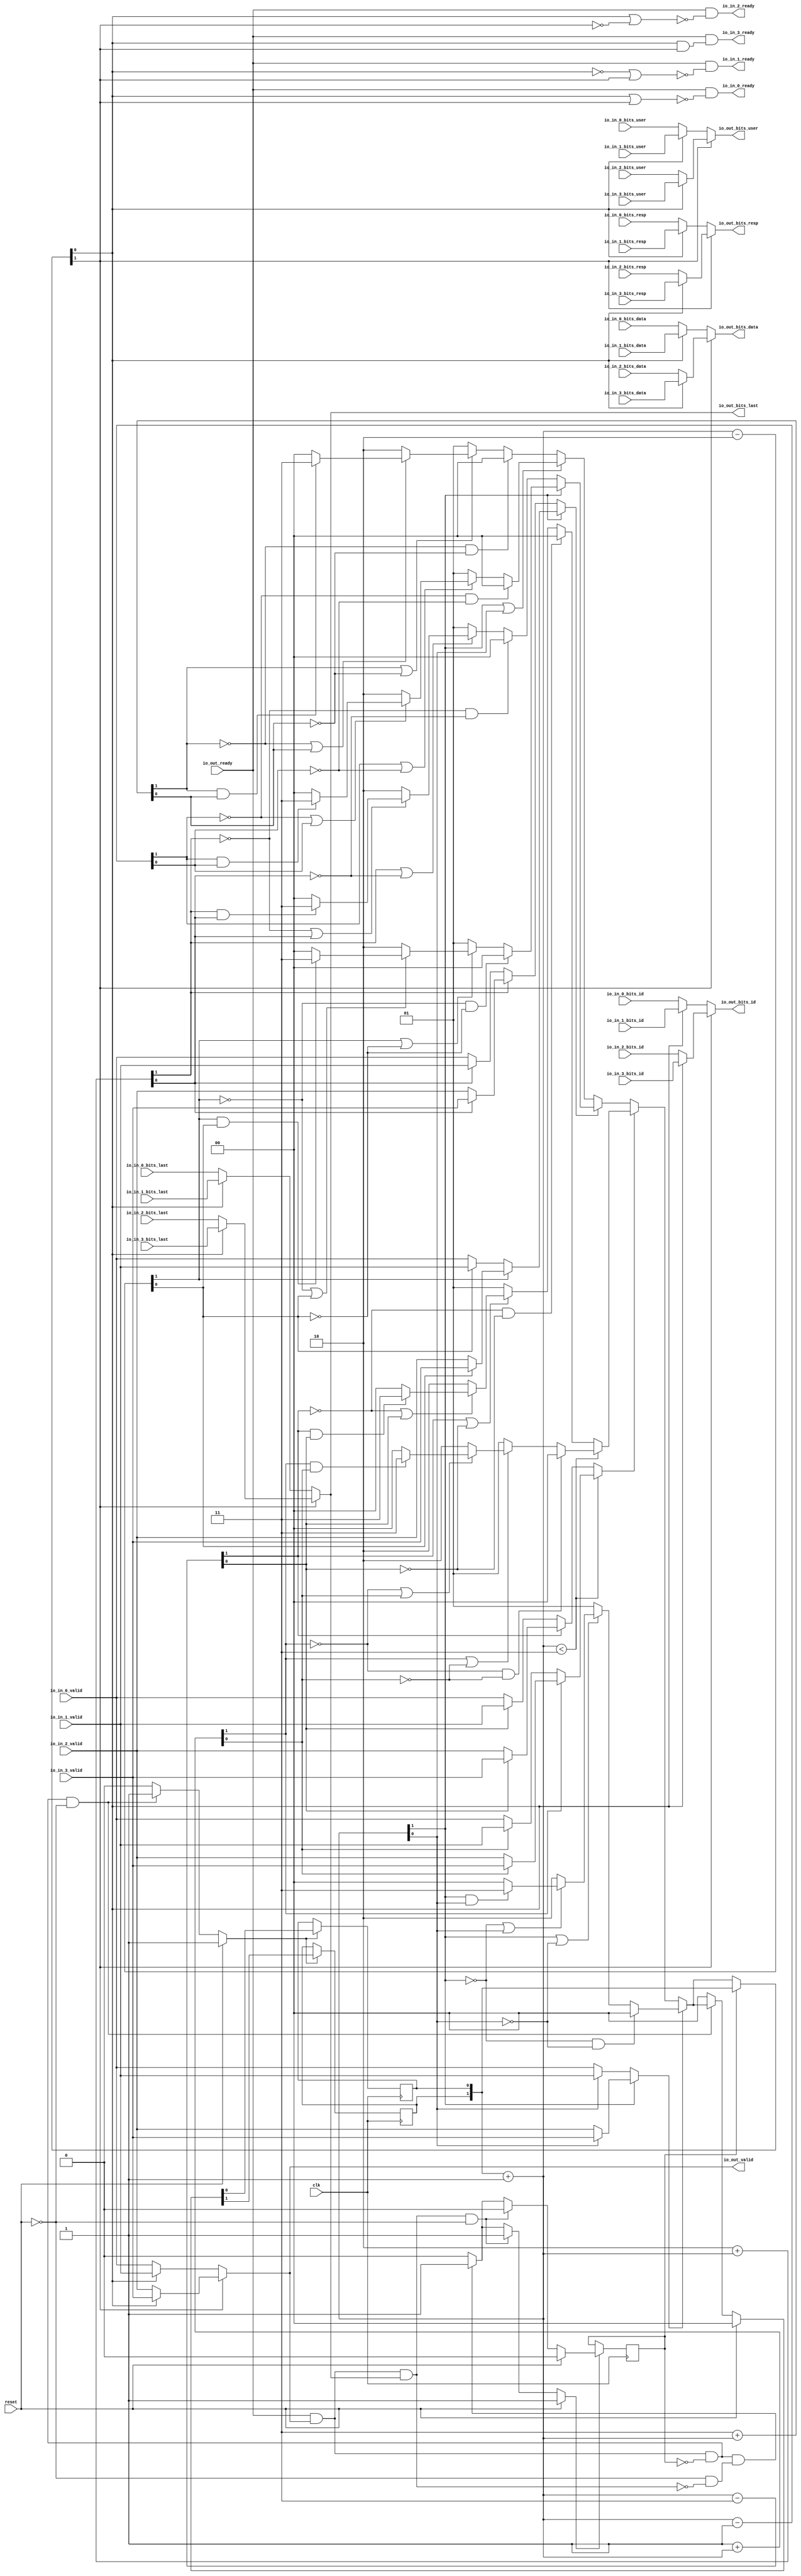
module JunctionsPeekingArbiter_1
(
  clk,
  reset,
  io_in_3_ready,
  io_in_3_valid,
  io_in_3_bits_resp,
  io_in_3_bits_data,
  io_in_3_bits_last,
  io_in_3_bits_id,
  io_in_3_bits_user,
  io_in_2_ready,
  io_in_2_valid,
  io_in_2_bits_resp,
  io_in_2_bits_data,
  io_in_2_bits_last,
  io_in_2_bits_id,
  io_in_2_bits_user,
  io_in_1_ready,
  io_in_1_valid,
  io_in_1_bits_resp,
  io_in_1_bits_data,
  io_in_1_bits_last,
  io_in_1_bits_id,
  io_in_1_bits_user,
  io_in_0_ready,
  io_in_0_valid,
  io_in_0_bits_resp,
  io_in_0_bits_data,
  io_in_0_bits_last,
  io_in_0_bits_id,
  io_in_0_bits_user,
  io_out_ready,
  io_out_valid,
  io_out_bits_resp,
  io_out_bits_data,
  io_out_bits_last,
  io_out_bits_id,
  io_out_bits_user
);

  input [1:0] io_in_3_bits_resp;
  input [63:0] io_in_3_bits_data;
  input [5:0] io_in_3_bits_id;
  input [1:0] io_in_2_bits_resp;
  input [63:0] io_in_2_bits_data;
  input [5:0] io_in_2_bits_id;
  input [1:0] io_in_1_bits_resp;
  input [63:0] io_in_1_bits_data;
  input [5:0] io_in_1_bits_id;
  input [1:0] io_in_0_bits_resp;
  input [63:0] io_in_0_bits_data;
  input [5:0] io_in_0_bits_id;
  output [1:0] io_out_bits_resp;
  output [63:0] io_out_bits_data;
  output [5:0] io_out_bits_id;
  input clk;
  input reset;
  input io_in_3_valid;
  input io_in_3_bits_last;
  input io_in_3_bits_user;
  input io_in_2_valid;
  input io_in_2_bits_last;
  input io_in_2_bits_user;
  input io_in_1_valid;
  input io_in_1_bits_last;
  input io_in_1_bits_user;
  input io_in_0_valid;
  input io_in_0_bits_last;
  input io_in_0_bits_user;
  input io_out_ready;
  output io_in_3_ready;
  output io_in_2_ready;
  output io_in_1_ready;
  output io_in_0_ready;
  output io_out_valid;
  output io_out_bits_last;
  output io_out_bits_user;
  wire [1:0] io_out_bits_resp,T3,choice,T63,T4,T39,T5,T14,T6,T11,T7,T9,T12,T17,T15,T16,T18,
  T24,T33,T42,T40,T41,T43,T49,T57,T66,T64,T135,T73,T118,T116;
  wire [63:0] io_out_bits_data,T112,T110;
  wire [5:0] io_out_bits_id,T100,T98;
  wire io_in_3_ready,io_in_2_ready,io_in_1_ready,io_in_0_ready,io_out_valid,
  io_out_bits_last,io_out_bits_user,N0,N1,N2,N3,N4,N5,N6,N7,N8,N9,N10,N11,N12,N13,N14,N15,
  N16,N17,N18,N19,N20,N21,N22,N23,N24,N25,N26,N27,N28,N29,N30,N31,N32,N33,N34,N35,
  N36,N37,N38,N39,N40,N41,N42,N43,N44,N45,N46,N47,N48,N49,N50,N51,N52,N53,N54,N55,
  N56,N57,N58,N59,N60,N61,N62,N63,N64,N65,N66,N67,N68,N69,N70,N71,N72,N73,N74,N75,
  N76,N77,N78,T94,T1,N79,T69,N80,T45,N81,T20,N82,T13,N83,N84,N85,N86,N87,N88,N89,N90,
  N91,N92,N93,N94,N95,N96,N97,N98,N99,T19,N100,N101,N102,N103,N104,N105,N106,N107,
  N108,N109,N110,N111,N112,N113,N114,N115,N116,T38,N117,T30,T21,N118,T27,T22,N119,
  N120,T35,T31,N121,T44,N122,N123,N124,N125,N126,N127,N128,N129,N130,N131,N132,
  N133,N134,N135,N136,N137,N138,T62,N139,T54,T46,N140,T51,T47,N141,N142,T59,T55,N143,
  T68,N144,N145,N146,N147,N148,N149,N150,N151,N152,N153,N154,N155,N156,N157,N158,
  T86,N159,T78,T70,N160,T75,T71,N161,T83,T79,T88,T90,T89,T93,T106,T104,T124,T122,
  N162,N163,N164,N165,N166,N167,N168,N169,N170,N171,N172,N173,N174,N175,N176,N177,
  N178,N179,N180,N181,N182,N183,N184,N185,N186,N187;
  reg [1:0] lockIdx;
  reg locked;
  assign N86 = N84 & N85;
  assign N87 = T9[1] | N85;
  assign N89 = N84 | T9[0];
  assign N91 = T9[1] & T9[0];
  assign N94 = N92 & N93;
  assign N95 = T12[1] | N93;
  assign N97 = N92 | T12[0];
  assign N99 = T12[1] & T12[0];
  assign N103 = N101 & N102;
  assign N104 = T16[1] | N102;
  assign N106 = N101 | T16[0];
  assign N108 = T16[1] & T16[0];
  assign N111 = N109 & N110;
  assign N112 = T18[1] | N110;
  assign N114 = N109 | T18[0];
  assign N116 = T18[1] & T18[0];
  assign N125 = N123 & N124;
  assign N126 = T41[1] | N124;
  assign N128 = N123 | T41[0];
  assign N130 = T41[1] & T41[0];
  assign N133 = N131 & N132;
  assign N134 = T43[1] | N132;
  assign N136 = N131 | T43[0];
  assign N138 = T43[1] & T43[0];
  assign T44 = T135 < { 1'b1, 1'b1 };
  assign T62 = T73 < { 1'b1, 1'b1 };
  assign N147 = N145 & N146;
  assign N148 = T135[1] | N146;
  assign N150 = N145 | T135[0];
  assign N152 = T135[1] & T135[0];
  assign N153 = N145 & N146;
  assign N154 = T135[1] | N146;
  assign N156 = N145 | T135[0];
  assign N158 = T135[1] & T135[0];

  always @(posedge clk) begin
    if(N164) begin
      lockIdx[1] <= N166;
    end 
  end


  always @(posedge clk) begin
    if(N164) begin
      lockIdx[0] <= N165;
    end 
  end


  always @(posedge clk) begin
    if(N170) begin
      locked <= N171;
    end 
  end

  assign N178 = T3[0] & T3[1];
  assign N179 = ~T3[1];
  assign N180 = T3[0] | N179;
  assign N181 = ~N180;
  assign N182 = ~T3[0];
  assign N183 = N182 | T3[1];
  assign N184 = ~N183;
  assign N185 = T3[0] | T3[1];
  assign N186 = ~N185;
  assign T135 = lockIdx + 1'b1;
  assign T73 = lockIdx + 1'b1;
  assign T9 = T135 - 1'b1;
  assign T12 = { 1'b1, 1'b1 } + T135;
  assign T16 = T135 - { 1'b1, 1'b0 };
  assign T18 = { 1'b1, 1'b0 } + T135;
  assign T41 = T135 - { 1'b1, 1'b1 };
  assign T43 = 1'b1 + T135;
  assign T24 = T73 - { 1'b1, 1'b0 };
  assign T33 = { 1'b1, 1'b0 } + T73;
  assign T49 = T73 - { 1'b1, 1'b1 };
  assign T57 = 1'b1 + T73;
  assign io_out_bits_user = (N0)? T94 : 
                            (N1)? T1 : 1'b0;
  assign N0 = T3[1];
  assign N1 = N179;
  assign T1 = (N2)? io_in_1_bits_user : 
              (N3)? io_in_0_bits_user : 1'b0;
  assign N2 = T3[0];
  assign N3 = N182;
  assign T3 = (N4)? lockIdx : 
              (N5)? choice : 1'b0;
  assign N4 = locked;
  assign N5 = N79;
  assign choice = (N6)? T63 : 
                  (N7)? T4 : 1'b0;
  assign N6 = T69;
  assign N7 = N80;
  assign T4 = (N8)? T39 : 
              (N9)? T5 : 1'b0;
  assign N8 = T45;
  assign N9 = N81;
  assign T5 = (N10)? T14 : 
              (N11)? T6 : 1'b0;
  assign N10 = T20;
  assign N11 = N82;
  assign T6 = (N12)? T11 : 
              (N13)? T7 : 1'b0;
  assign N12 = T13;
  assign N13 = N83;
  assign T7 = (N14)? { 1'b0, 1'b0 } : 
              (N15)? { 1'b0, 1'b1 } : 
              (N16)? { 1'b1, 1'b0 } : 
              (N17)? { 1'b1, 1'b1 } : 1'b0;
  assign N14 = N86;
  assign N15 = N88;
  assign N16 = N90;
  assign N17 = N91;
  assign T11 = (N18)? { 1'b0, 1'b0 } : 
               (N19)? { 1'b0, 1'b1 } : 
               (N20)? { 1'b1, 1'b0 } : 
               (N21)? { 1'b1, 1'b1 } : 1'b0;
  assign N18 = N94;
  assign N19 = N96;
  assign N20 = N98;
  assign N21 = N99;
  assign T14 = (N22)? T17 : 
               (N23)? T15 : 1'b0;
  assign N22 = T19;
  assign N23 = N100;
  assign T15 = (N24)? { 1'b0, 1'b0 } : 
               (N25)? { 1'b0, 1'b1 } : 
               (N26)? { 1'b1, 1'b0 } : 
               (N27)? { 1'b1, 1'b1 } : 1'b0;
  assign N24 = N103;
  assign N25 = N105;
  assign N26 = N107;
  assign N27 = N108;
  assign T17 = (N28)? { 1'b0, 1'b0 } : 
               (N29)? { 1'b0, 1'b1 } : 
               (N30)? { 1'b1, 1'b0 } : 
               (N31)? { 1'b1, 1'b1 } : 1'b0;
  assign N28 = N111;
  assign N29 = N113;
  assign N30 = N115;
  assign N31 = N116;
  assign T20 = (N32)? T30 : 
               (N33)? T21 : 1'b0;
  assign N32 = T38;
  assign N33 = N117;
  assign T21 = (N34)? T27 : 
               (N35)? T22 : 1'b0;
  assign N34 = T24[1];
  assign N35 = N118;
  assign T22 = (N36)? io_in_1_valid : 
               (N37)? io_in_0_valid : 1'b0;
  assign N36 = T24[0];
  assign N37 = N119;
  assign T27 = (N36)? io_in_3_valid : 
               (N37)? io_in_2_valid : 1'b0;
  assign T30 = (N38)? T35 : 
               (N39)? T31 : 1'b0;
  assign N38 = T33[1];
  assign N39 = N120;
  assign T31 = (N40)? io_in_1_valid : 
               (N41)? io_in_0_valid : 1'b0;
  assign N40 = T33[0];
  assign N41 = N121;
  assign T35 = (N40)? io_in_3_valid : 
               (N41)? io_in_2_valid : 1'b0;
  assign T39 = (N42)? T42 : 
               (N43)? T40 : 1'b0;
  assign N42 = T44;
  assign N43 = N122;
  assign T40 = (N44)? { 1'b0, 1'b0 } : 
               (N45)? { 1'b0, 1'b1 } : 
               (N46)? { 1'b1, 1'b0 } : 
               (N47)? { 1'b1, 1'b1 } : 1'b0;
  assign N44 = N125;
  assign N45 = N127;
  assign N46 = N129;
  assign N47 = N130;
  assign T42 = (N48)? { 1'b0, 1'b0 } : 
               (N49)? { 1'b0, 1'b1 } : 
               (N50)? { 1'b1, 1'b0 } : 
               (N51)? { 1'b1, 1'b1 } : 1'b0;
  assign N48 = N133;
  assign N49 = N135;
  assign N50 = N137;
  assign N51 = N138;
  assign T45 = (N52)? T54 : 
               (N53)? T46 : 1'b0;
  assign N52 = T62;
  assign N53 = N139;
  assign T46 = (N54)? T51 : 
               (N55)? T47 : 1'b0;
  assign N54 = T49[1];
  assign N55 = N140;
  assign T47 = (N56)? io_in_1_valid : 
               (N57)? io_in_0_valid : 1'b0;
  assign N56 = T49[0];
  assign N57 = N141;
  assign T51 = (N56)? io_in_3_valid : 
               (N57)? io_in_2_valid : 1'b0;
  assign T54 = (N58)? T59 : 
               (N59)? T55 : 1'b0;
  assign N58 = T57[1];
  assign N59 = N142;
  assign T55 = (N60)? io_in_1_valid : 
               (N61)? io_in_0_valid : 1'b0;
  assign N60 = T57[0];
  assign N61 = N143;
  assign T59 = (N60)? io_in_3_valid : 
               (N61)? io_in_2_valid : 1'b0;
  assign T63 = (N62)? T66 : 
               (N63)? T64 : 1'b0;
  assign N62 = T68;
  assign N63 = N144;
  assign T64 = (N64)? { 1'b0, 1'b0 } : 
               (N65)? { 1'b0, 1'b1 } : 
               (N66)? { 1'b1, 1'b0 } : 
               (N67)? { 1'b1, 1'b1 } : 1'b0;
  assign N64 = N147;
  assign N65 = N149;
  assign N66 = N151;
  assign N67 = N152;
  assign T66 = (N68)? { 1'b0, 1'b0 } : 
               (N69)? { 1'b0, 1'b1 } : 
               (N70)? { 1'b1, 1'b0 } : 
               (N71)? { 1'b1, 1'b1 } : 1'b0;
  assign N68 = N153;
  assign N69 = N155;
  assign N70 = N157;
  assign N71 = N158;
  assign T69 = (N72)? T78 : 
               (N73)? T70 : 1'b0;
  assign N72 = T86;
  assign N73 = N159;
  assign T70 = (N74)? T75 : 
               (N75)? T71 : 1'b0;
  assign N74 = T73[1];
  assign N75 = N160;
  assign T71 = (N76)? io_in_1_valid : 
               (N77)? io_in_0_valid : 1'b0;
  assign N76 = T73[0];
  assign N77 = N161;
  assign T75 = (N76)? io_in_3_valid : 
               (N77)? io_in_2_valid : 1'b0;
  assign T78 = (N74)? T83 : 
               (N75)? T79 : 1'b0;
  assign T79 = (N76)? io_in_1_valid : 
               (N77)? io_in_0_valid : 1'b0;
  assign T83 = (N76)? io_in_3_valid : 
               (N77)? io_in_2_valid : 1'b0;
  assign T94 = (N2)? io_in_3_bits_user : 
               (N3)? io_in_2_bits_user : 1'b0;
  assign io_out_bits_id = (N0)? T100 : 
                          (N1)? T98 : 1'b0;
  assign T98 = (N2)? io_in_1_bits_id : 
               (N3)? io_in_0_bits_id : 1'b0;
  assign T100 = (N2)? io_in_3_bits_id : 
                (N3)? io_in_2_bits_id : 1'b0;
  assign io_out_bits_last = (N0)? T106 : 
                            (N1)? T104 : 1'b0;
  assign T104 = (N2)? io_in_1_bits_last : 
                (N3)? io_in_0_bits_last : 1'b0;
  assign T106 = (N2)? io_in_3_bits_last : 
                (N3)? io_in_2_bits_last : 1'b0;
  assign io_out_bits_data = (N0)? T112 : 
                            (N1)? T110 : 1'b0;
  assign T110 = (N2)? io_in_1_bits_data : 
                (N3)? io_in_0_bits_data : 1'b0;
  assign T112 = (N2)? io_in_3_bits_data : 
                (N3)? io_in_2_bits_data : 1'b0;
  assign io_out_bits_resp = (N0)? T118 : 
                            (N1)? T116 : 1'b0;
  assign T116 = (N2)? io_in_1_bits_resp : 
                (N3)? io_in_0_bits_resp : 1'b0;
  assign T118 = (N2)? io_in_3_bits_resp : 
                (N3)? io_in_2_bits_resp : 1'b0;
  assign io_out_valid = (N0)? T124 : 
                        (N1)? T122 : 1'b0;
  assign T122 = (N2)? io_in_1_valid : 
                (N3)? io_in_0_valid : 1'b0;
  assign T124 = (N2)? io_in_3_valid : 
                (N3)? io_in_2_valid : 1'b0;
  assign N164 = (N78)? 1'b1 : 
                (N173)? 1'b1 : 
                (N163)? 1'b0 : 1'b0;
  assign N78 = reset;
  assign { N166, N165 } = (N78)? { 1'b0, 1'b0 } : 
                          (N173)? choice : 1'b0;
  assign N170 = (N78)? 1'b1 : 
                (N174)? 1'b1 : 
                (N177)? 1'b1 : 
                (N169)? 1'b0 : 1'b0;
  assign N171 = (N78)? 1'b0 : 
                (N174)? 1'b0 : 
                (N177)? 1'b1 : 1'b0;
  assign N79 = ~locked;
  assign N80 = ~T69;
  assign N81 = ~T45;
  assign N82 = ~T20;
  assign N83 = ~T13;
  assign N84 = ~T9[1];
  assign N85 = ~T9[0];
  assign N88 = ~N87;
  assign N90 = ~N89;
  assign N92 = ~T12[1];
  assign N93 = ~T12[0];
  assign N96 = ~N95;
  assign N98 = ~N97;
  assign T13 = ~N187;
  assign N187 = T135[1] | T135[0];
  assign N100 = ~T19;
  assign N101 = ~T16[1];
  assign N102 = ~T16[0];
  assign N105 = ~N104;
  assign N107 = ~N106;
  assign N109 = ~T18[1];
  assign N110 = ~T18[0];
  assign N113 = ~N112;
  assign N115 = ~N114;
  assign T19 = ~T135[1];
  assign N117 = ~T38;
  assign N118 = ~T24[1];
  assign N119 = ~T24[0];
  assign N120 = ~T33[1];
  assign N121 = ~T33[0];
  assign T38 = ~T73[1];
  assign N122 = ~T44;
  assign N123 = ~T41[1];
  assign N124 = ~T41[0];
  assign N127 = ~N126;
  assign N129 = ~N128;
  assign N131 = ~T43[1];
  assign N132 = ~T43[0];
  assign N135 = ~N134;
  assign N137 = ~N136;
  assign N139 = ~T62;
  assign N140 = ~T49[1];
  assign N141 = ~T49[0];
  assign N142 = ~T57[1];
  assign N143 = ~T57[0];
  assign N144 = ~T68;
  assign N145 = ~T135[1];
  assign N146 = ~T135[0];
  assign N149 = ~N148;
  assign N151 = ~N150;
  assign N155 = ~N154;
  assign N157 = ~N156;
  assign T68 = ~1'b0;
  assign N159 = ~T86;
  assign N160 = ~T73[1];
  assign N161 = ~T73[0];
  assign T86 = ~1'b0;
  assign T88 = T90 & T89;
  assign T89 = ~locked;
  assign T90 = io_out_ready & io_out_valid;
  assign T93 = T90 & io_out_bits_last;
  assign io_in_0_ready = io_out_ready & N186;
  assign io_in_1_ready = io_out_ready & N184;
  assign io_in_2_ready = io_out_ready & N181;
  assign io_in_3_ready = io_out_ready & N178;
  assign N162 = T88 | reset;
  assign N163 = ~N162;
  assign N167 = T93 | reset;
  assign N168 = T88 | N167;
  assign N169 = ~N168;
  assign N172 = ~reset;
  assign N173 = T88 & N172;
  assign N174 = T93 & N172;
  assign N175 = ~T93;
  assign N176 = N172 & N175;
  assign N177 = T88 & N176;

endmodule